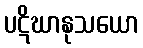
ပဋိဃာနုသယော